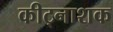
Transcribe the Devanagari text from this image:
कीट्नाशक